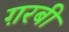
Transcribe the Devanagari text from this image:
ग़रबी